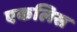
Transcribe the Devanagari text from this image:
एकलिस